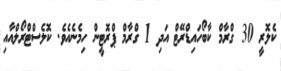
ކެލޮރީ 30 ގްރާމް ކާބޯހައިޑްރޭޓް އަދި 1 ގްރާމް ޕްރޮޓީން ހިމެނެއެވެ. ކޮލެސްޓްރޯލްއާއި